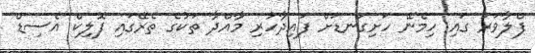
ފްލާވަރު ގައި ހިމެނޭ ހަށިގަނޑަށް ފައިދާހުރި މާއްދާ ތަކުގެ ތެރޭގައި ފޮލިކް އެސިޑް